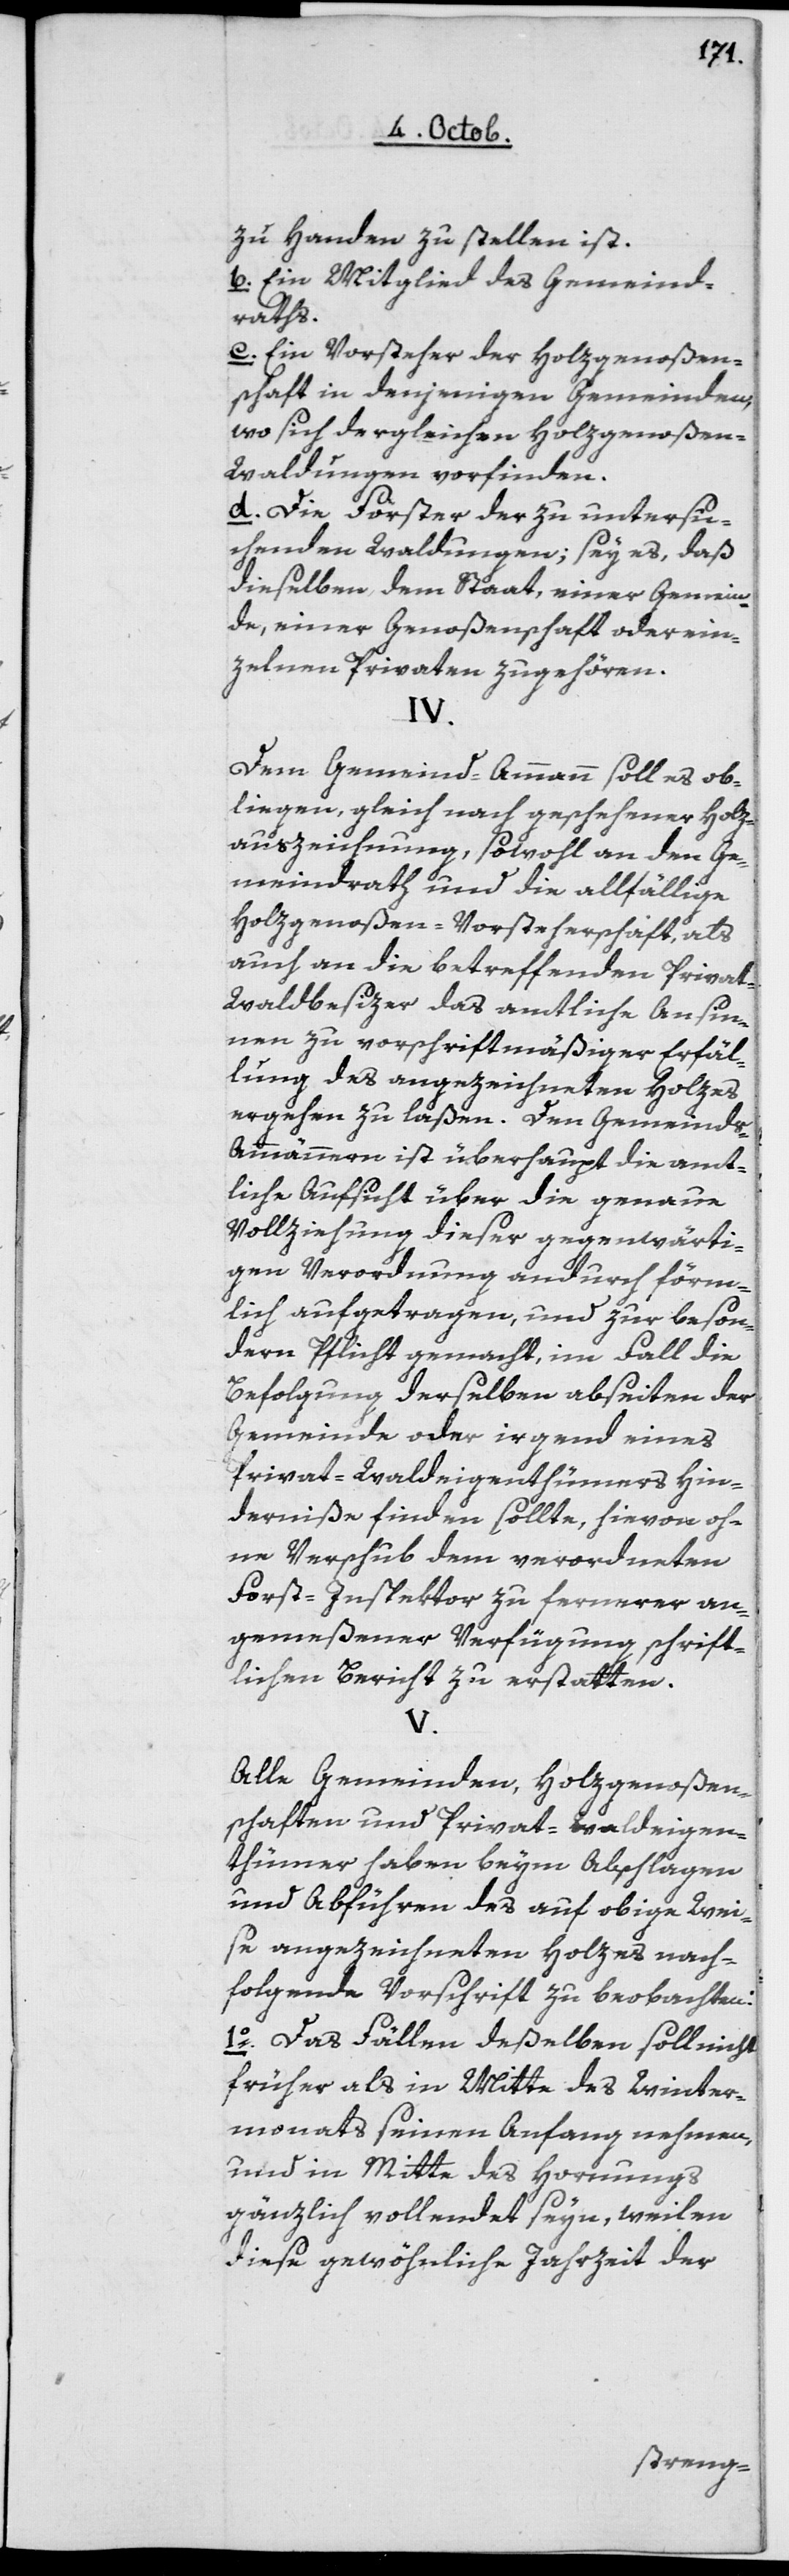
zu Handen zu stellen ist.
b. Ein Mitglied des Gemeind¬
raths.
c. Ein Vorsteher der Holzgenoßen¬
schaft in denjenigen Gemeinden,
wo sich dergleichen Holzgenoßen-W¬
aldungen vorfinden.
d. Die Förster der zu untersu¬
chenden Waldungen; sey es, daß
dieselben dem Staat, einer Gemein¬
de, einer Genoßenschaft oder ein¬
zelnen Privaten zugehören.
IV.
Dem Gemeind-Ammann soll es ob¬
liegen, gleich nach geschehener Holz¬
auszeichnung, sowohl an den Ge¬
meindrath und die allfällige
Holzgenoßen-Vorsteherschaft, als
auch an die betreffenden Privat-W¬
aldbesizer das amtliche Ansin¬
nen zu vorschriftmäßiger Erfäl¬
lung des angezeichneten Holzes
ergehen zu laßen. Den Gemeind¬
s-Ammännern ist überhaupt die amt¬
liche Aufsicht über die genaue
Vollziehung dieser gegenwärti¬
gen Verordnung andurch förm¬
lich aufgetragen, und zur beson¬
dern Pflicht gemacht, im Fall die
Befolgung derselben abseiten der
Gemeinde oder irgend eines
Privat-Waldeingenthümers Hin¬
derniße finden sollte, hievon oh¬
ne Verschub dem verordneten
Forst-Inspektor zu fernerer an¬
gemeßener Verfügung schrift¬
lichen Bericht zu erstatten.
V.
Alle Gemeinden, Holzgenoßen¬
schaften und Privat-Waldeigen¬
thümer haben beym Abschlagen
und Abführen des auf obige Wei¬
se angezeichneten Holzes nach¬
folgende Vorschrift zu beobachten:
1o Das Fällendeßelben soll nicht
früher als in Mitte des Winter¬
monats seinen Anfang nehmen,
und in Mitte des Hornungs
gänzlich vollendet seyn, weilen
diese gewöhnliche Jahrzeit der